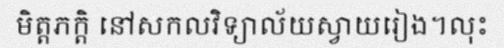
មិត្តភក្តិ នៅសកលវិទ្យាល័យស្វាយរៀង។លុះ